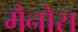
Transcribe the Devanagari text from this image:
मैनोस